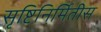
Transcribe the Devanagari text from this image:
सृष्टिनिर्मितीस